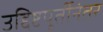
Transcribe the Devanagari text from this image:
उद्दिष्टपूर्तीनंतर